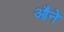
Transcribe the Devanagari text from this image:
औने